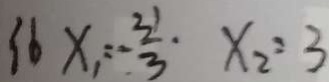
3 6 x _ { 1 } = - \frac { 3 1 } { 3 } \cdot x _ { 2 } = 3